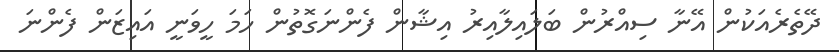
ދޭތެރެއަކުން އޭނާ ސިއްރުން ބަލައިލާއިރު އިޝާން ފެންނަގޮތުން ހަމަ ހީވަނީ އައިޒަން ފެންނަ